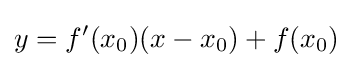
y=f'(x_{0})(x-x_{0})+f(x_{0})